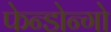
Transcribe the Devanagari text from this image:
फेन्डोन्गो